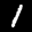
Label: 1